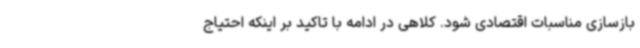
بازسازی مناسبات اقتصادی شود. کلاهی در ادامه با تاکید بر اینکه احتیاج